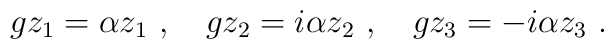
gz_1=\alpha z_1~,~~~gz_2=i\alpha z_2~,~~~gz_3=-i\alpha z_3~.